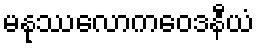
မနုဿလောကဝေဒနီယံ